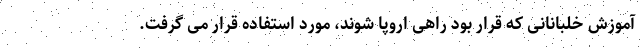
آموزش خلبانانی که قرار بود راهی اروپا شوند، مورد استفاده قرار می گرفت.